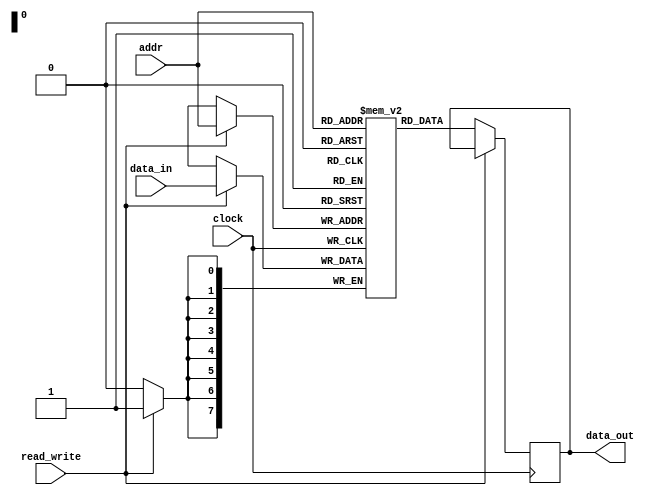
module eeprom(
    input [7:0] addr,
    input [7:0] data_in,
    input read_write,
    input clock,
    output reg [7:0] data_out
);

reg [7:0] memory[0:255];

always @(posedge clock) begin
    if(read_write) begin
        memory[addr] <= data_in;
    end else begin
        data_out <= memory[addr];
    end
end

endmodule